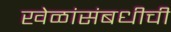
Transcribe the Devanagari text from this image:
खेळांसंबधीची